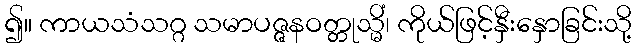
၍။ ကာယသံသဂ္ဂ သမာပဇ္ဇနဝတ္တုသ္မိံ၊ ကိုယ်ဖြင့်နှီးနှောခြင်းသို့